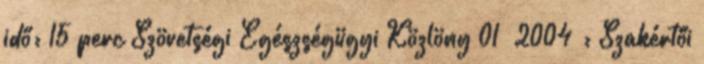
idő: 15 perc Szövetségi Egészségügyi Közlöny 01 2004 : Szakértői